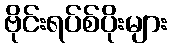
ဗိုင်းရပ်စ်ပိုးများ